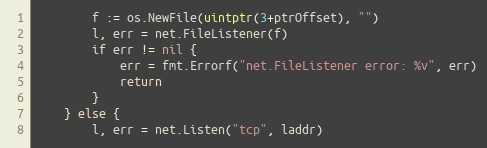
Language: Go
		f := os.NewFile(uintptr(3+ptrOffset), "")
		l, err = net.FileListener(f)
		if err != nil {
			err = fmt.Errorf("net.FileListener error: %v", err)
			return
		}
	} else {
		l, err = net.Listen("tcp", laddr)